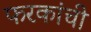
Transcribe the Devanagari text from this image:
फरकांची